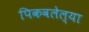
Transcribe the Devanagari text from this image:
पिकवलेल्या